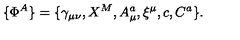
\{ \Phi ^ { A } \} = \{ \gamma _ { \mu \nu } , X ^ { M } , A _ { \mu } ^ { a } , \xi ^ { \mu } , c , C ^ { a } \} .